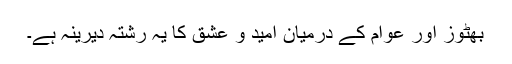
بھٹوز اور عوام کے درمیان امید و عشق کا یہ رشتہ دیرینہ ہے۔